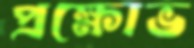
প্রক্ষোভ